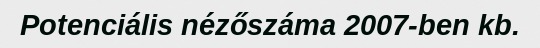
Potenciális nézőszáma 2007-ben kb.